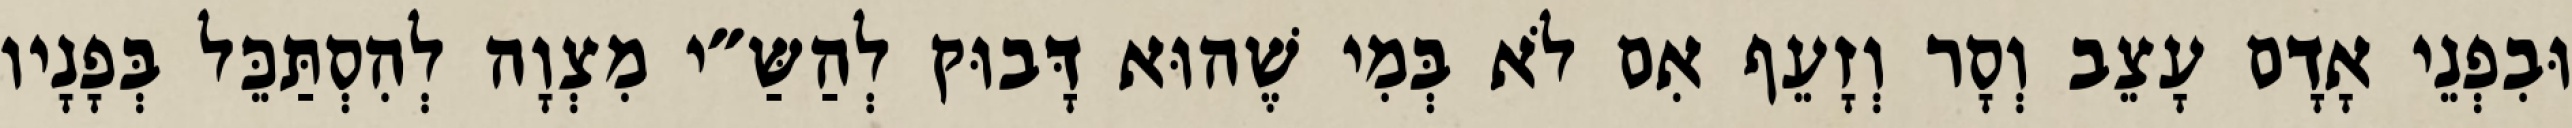
וּבִפְנֵי אָדָם עָצֵב וְסָר וְזָעֵף אִם לֹא בְּמִי שֶׁהוּא דָּבוּק לְהַשַּ״י מִצְוָה לְהִסְתַּכֵּל בְּפָנָיו